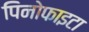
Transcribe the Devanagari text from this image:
पिनोफाइटा